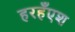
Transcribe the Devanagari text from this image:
हरहँएश